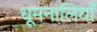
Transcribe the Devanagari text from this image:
धूमनालियाँ